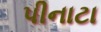
પીનાટા